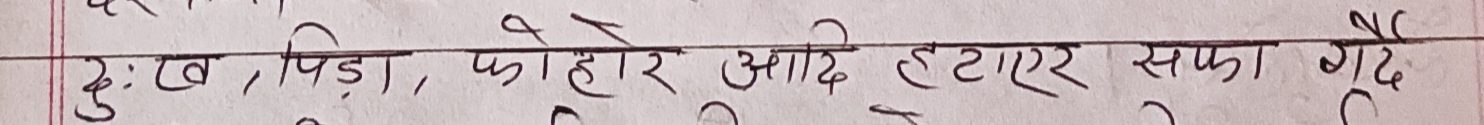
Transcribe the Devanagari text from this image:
दुःख, पीडा, फोहोरा आदि हटाएर सफा गर्दै